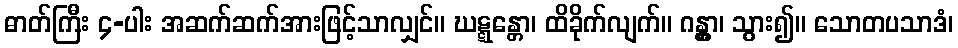
ဓာတ်ကြီး ၄-ပါး အဆက်ဆက်အားဖြင့်သာလျှင်။ ဃဋ္ဋန္တော၊ ထိခိုက်လျက်။ ဂန္တွာ၊ သွား၍။ သောတပသာဒံ၊